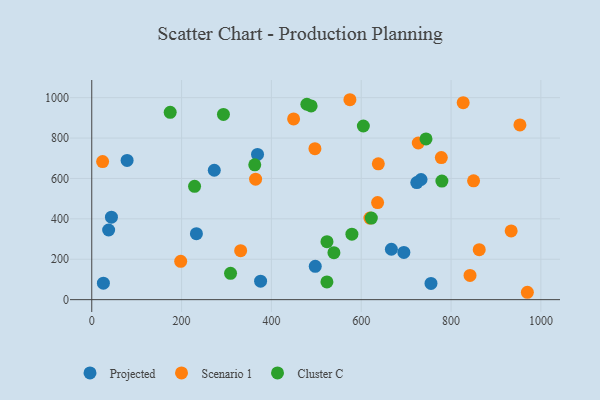
{"axis": {"x": "Distance", "y": "Salary"}, "legend": ["Cluster C", "Projected", "Scenario 1"], "data": [{"x": "667.1", "y": 249.4, "type": "Projected"}, {"x": "369.1", "y": 719.0, "type": "Projected"}, {"x": "43.8", "y": 408.1, "type": "Projected"}, {"x": "497.6", "y": 165.0, "type": "Projected"}, {"x": "723.7", "y": 579.6, "type": "Projected"}, {"x": "272.8", "y": 640.6, "type": "Projected"}, {"x": "375.9", "y": 91.6, "type": "Projected"}, {"x": "233.0", "y": 326.6, "type": "Projected"}, {"x": "25.9", "y": 81.4, "type": "Projected"}, {"x": "37.6", "y": 344.9, "type": "Projected"}, {"x": "733.2", "y": 594.9, "type": "Projected"}, {"x": "78.7", "y": 689.4, "type": "Projected"}, {"x": "755.3", "y": 80.4, "type": "Projected"}, {"x": "694.9", "y": 233.8, "type": "Projected"}, {"x": "636.4", "y": 480.8, "type": "Scenario 1"}, {"x": "24.2", "y": 683.7, "type": "Scenario 1"}, {"x": "933.8", "y": 340.2, "type": "Scenario 1"}, {"x": "449.4", "y": 894.8, "type": "Scenario 1"}, {"x": "619.3", "y": 404.0, "type": "Scenario 1"}, {"x": "969.9", "y": 36.5, "type": "Scenario 1"}, {"x": "862.7", "y": 247.5, "type": "Scenario 1"}, {"x": "331.5", "y": 242.7, "type": "Scenario 1"}, {"x": "850.1", "y": 588.4, "type": "Scenario 1"}, {"x": "778.3", "y": 703.3, "type": "Scenario 1"}, {"x": "727.0", "y": 775.6, "type": "Scenario 1"}, {"x": "198.0", "y": 189.5, "type": "Scenario 1"}, {"x": "364.8", "y": 596.3, "type": "Scenario 1"}, {"x": "496.9", "y": 747.3, "type": "Scenario 1"}, {"x": "953.3", "y": 865.2, "type": "Scenario 1"}, {"x": "638.0", "y": 672.2, "type": "Scenario 1"}, {"x": "842.2", "y": 119.7, "type": "Scenario 1"}, {"x": "574.8", "y": 989.8, "type": "Scenario 1"}, {"x": "827.0", "y": 975.3, "type": "Scenario 1"}, {"x": "293.2", "y": 917.2, "type": "Cluster C"}, {"x": "488.4", "y": 959.3, "type": "Cluster C"}, {"x": "622.5", "y": 403.8, "type": "Cluster C"}, {"x": "744.2", "y": 795.7, "type": "Cluster C"}, {"x": "362.9", "y": 667.3, "type": "Cluster C"}, {"x": "523.6", "y": 87.7, "type": "Cluster C"}, {"x": "478.9", "y": 967.3, "type": "Cluster C"}, {"x": "228.9", "y": 561.0, "type": "Cluster C"}, {"x": "309.0", "y": 130.2, "type": "Cluster C"}, {"x": "579.2", "y": 324.3, "type": "Cluster C"}, {"x": "523.7", "y": 286.9, "type": "Cluster C"}, {"x": "539.2", "y": 232.8, "type": "Cluster C"}, {"x": "779.6", "y": 587.0, "type": "Cluster C"}, {"x": "174.6", "y": 927.4, "type": "Cluster C"}, {"x": "604.7", "y": 859.6, "type": "Cluster C"}]}